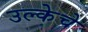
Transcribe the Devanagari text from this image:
उल्केचे